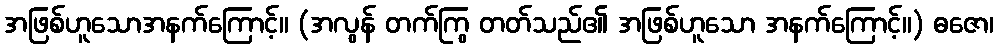
အဖြစ်ဟူသောအနက်ကြောင့်။ (အလွန် တက်ကြွ တတ်သည်၏ အဖြစ်ဟူသော အနက်ကြောင့်။) ဓဇော၊